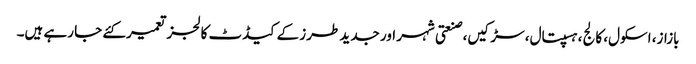
بازاز، اسکول، کالج ،ہسپتال، سڑکیں، صنعتی شہر اور جدید طرز کے کیڈٹ کالجز تعمیرکئے جا رہے ہیں۔